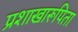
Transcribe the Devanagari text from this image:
प्रशाखारूपिता